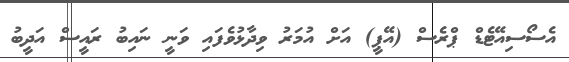
އެސޯސިއޭޓެޑް ޕްރެސް (އޭޕީ) އަށް އުމަރު ވިދާޅުވެފައި ވަނީ ނައިބު ރައީސް އަދީބު